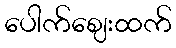
ပေါက်ဈေးထက်